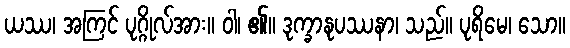
ယဿ၊ အကြင် ပုဂ္ဂိုလ်အား။ ဝါ၊ ၏။ ဒုက္ခာနုပဿနာ၊ သည်။ ပုရိမေ၊ သော။